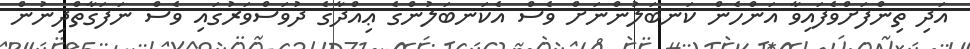
އަދި ތިންފަށްވެފައިވާ އަންހެން ކަނބަލުންނަށް ވެސް އެކަނބަލުންގެ ޢިއްދާގެ ދުވަސްވަރުގައި ވެސް ނަފަގާތްދިނުން